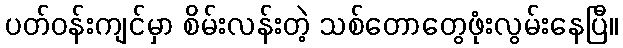
ပတ်ဝန်းကျင်မှာ စိမ်းလန်းတဲ့ သစ်တောတွေဖုံးလွမ်းနေပြီ။